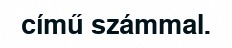
című számmal.